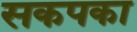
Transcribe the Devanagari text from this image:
सकपका